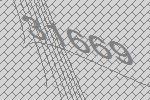
31669